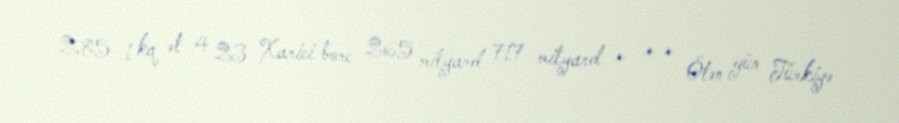
2,85 1 kq ət 4 23 Xarici borc 265 milyard 717 milyard * * * Ötən gün Türkiyə